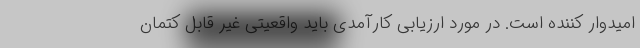
امیدوار کننده است. در مورد ارزیابی کارآمدی باید واقعیتی غیر قابل کتمان